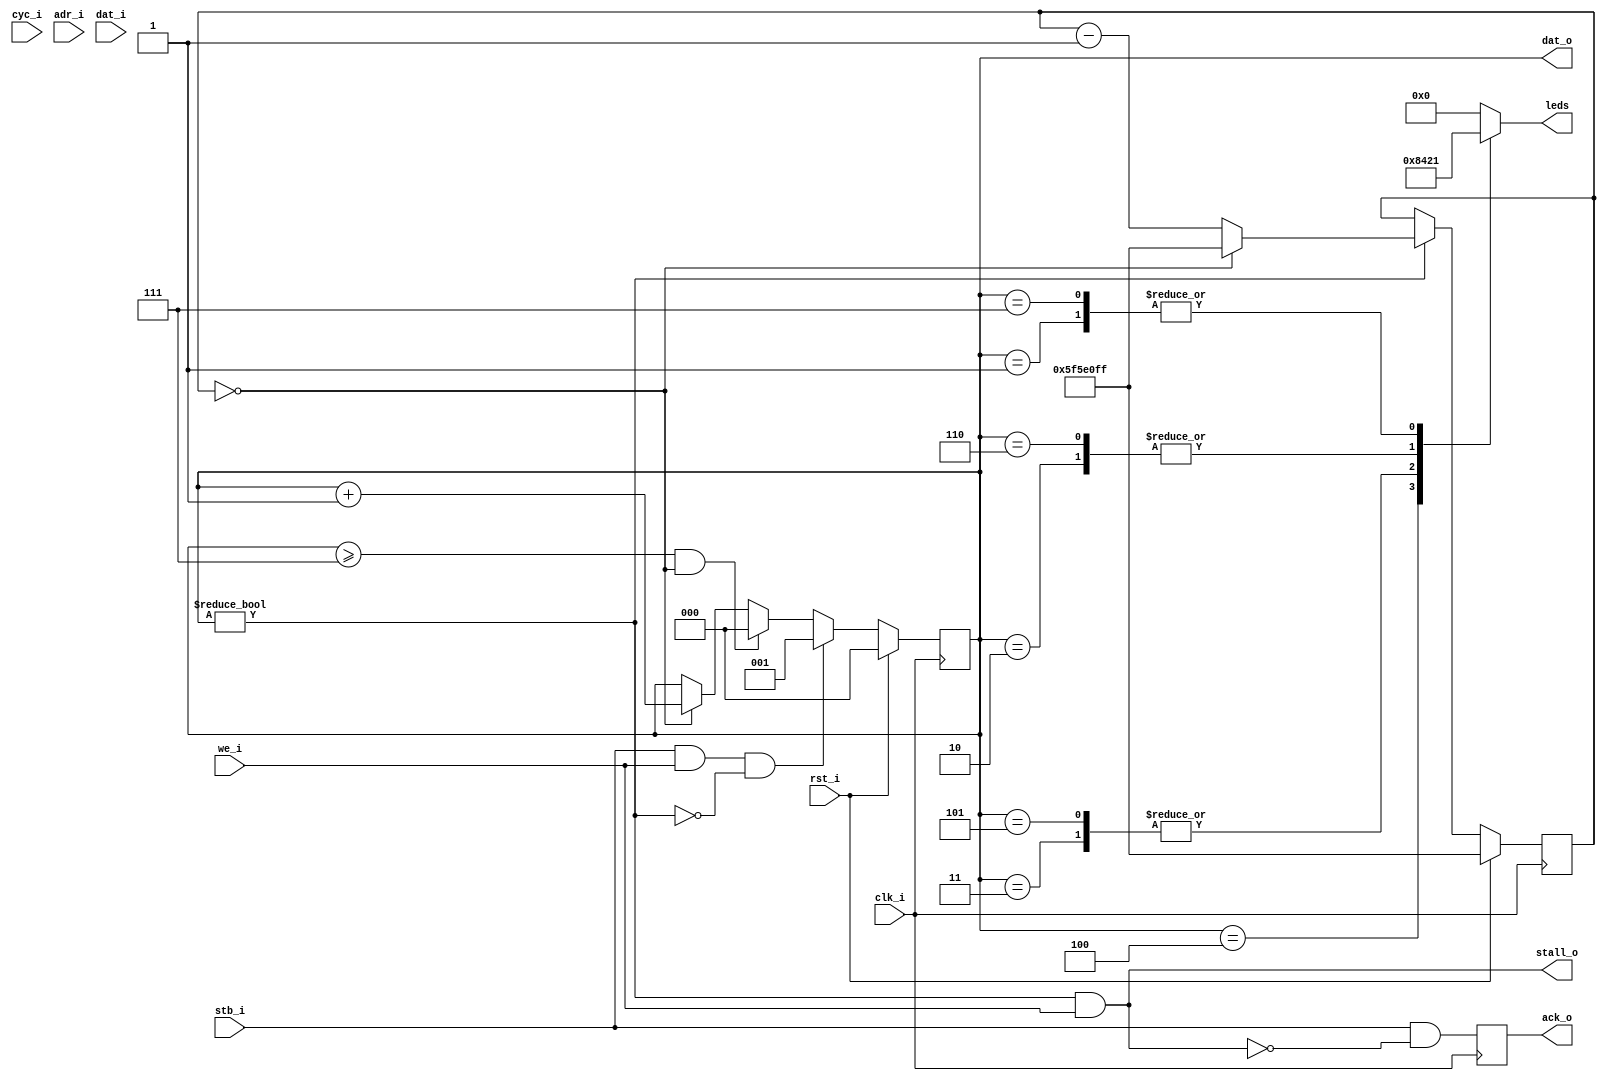
`default_nettype none

/// Wishbone interface
module running_led(
   input wire	     clk_i, rst_i, cyc_i, stb_i, we_i,
   input wire [1:0]  adr_i,
   input wire [3:0]  dat_i,
   output wire	     stall_o,
   output reg	     ack_o,
   output wire [2:0] dat_o,
   output reg [3:0]  leds
);

   // Verilator lint_off UNUSED
   wire unused;
   assign unused = &{1'b0, cyc_i, adr_i, dat_i} ;
   // Verilator lint_off UNUSED
   
   wire busy;

   // Current state of the running LED
   reg [2:0]	    state = 0;
   
   // Immediately acknowledge any transaction, apart from
   // when stalled.
   initial ack_o = 1'b0;
   always @(posedge clk_i)
     ack_o <= stb_i && !stall_o;

   // Stall on writes if busy
   assign stall_o = busy && we_i;

   // Always return read data
   assign dat_o = state;
   
   // For the formal verification, the cover checks will fail
   // if the clock rate is too high, because too many steps are
   // needed before anything happens. For running on a board,
   // change back to 100 MHz.
   parameter	    CLK_RATE_HZ = 100_000_000;
   //parameter	    CLK_RATE_HZ = 5;

   // Define the tick signal that triggers a change of state
   reg [31:0]	    wait_counter = CLK_RATE_HZ - 1;

   always @(posedge clk_i) begin
      if (rst_i)
	wait_counter <= CLK_RATE_HZ - 1;
      else
	// If the state is not idle, then run the
	// wait counter
	if (state != 0)
	  if (wait_counter == 0)
	    wait_counter <= CLK_RATE_HZ - 1;
	  else
	    wait_counter <= wait_counter - 1'b1;
   end

   // Update state
   always @(posedge clk_i) begin
      if (rst_i)
	state <= 0; // Reset to idle
      else if (stb_i && we_i && !busy)
	state <= 1; // Initiate request
      else if ((state >= 7) && (wait_counter == 0))
	state <= 0;
      else
	if (wait_counter == 0)
	  state <= state + 1;
   end

   assign busy = (state != 0);
   
   // Now determine the lit LED from the state
   always @(*) begin
      case (state)
	3'h1: leds = 4'b0001;
	3'h2: leds = 4'b0010;
	3'h3: leds = 4'b0100;
	3'h4: leds = 4'b1000;
	3'h5: leds = 4'b0100;
	3'h6: leds = 4'b0010;
	3'h7: leds = 4'b0001;
	default: leds = 0;
      endcase
   end
   
`ifdef FORMAL

   // always @(posedge clk_i)
   //   if (past_valid && $past(rst))
   //     reset_works: assert((wait_counter == (CLK_RATE_HZ - 1)) && (state == 0));
   
   property p_only_one_led;
      @(posedge clk_i) $onehot0(leds);
   endproperty
   
   // Check that the only valid outputs are exactly one LED
   // lit at a time
   only_one_led: assert property(p_only_one_led);
   
   property p_state_valid;
      @(posedge clk_i) state < 8;
   endproperty
   
   // For a check like this, notice how it fails if you remote
   // the initialisation line state = 0. This is because state
   // could begin with any value in theory, so it could violate
   // this check right at the start.
   no_invalid_states: assert property(p_state_valid);

   property p_wait_counter_in_range;
      @(posedge clk_i) wait_counter < CLK_RATE_HZ;
   endproperty
   
   // Check the counter is always in range
   wait_counter_value: assert property(p_wait_counter_in_range);

   property p_led_n_on(int n);
      @(posedge clk_i) leds[n] == 1;
   endproperty
   
   // Check that each LED lights at least once
   
   led_0_on: cover property(p_led_n_on(0));
   led_1_on: cover property(p_led_n_on(1));
   led_2_on: cover property(p_led_n_on(2));
   led_3_on: cover property(p_led_n_on(3));

   property p_busy_when_leds_on;
      @(posedge clk_i) leds != 0 |-> busy;
   endproperty
   
   // Check busy signal is always asserted when LEDs are on
   busy_asserted: assert property(p_busy_when_leds_on);

   sequence changing_state;
      busy && (wait_counter == 0) && !rst_i;
   endsequence
 
   // Check that the state increments while busy
   property p_state_increments_while_busy;
      @(posedge clk_i) changing_state |=> (state == (3'b111 & ($past(state)+1)));
   endproperty

   state_increments_while_busy: assert property(p_state_increments_while_busy);

   cover_state_increment: cover property(p_state_increments_while_busy);


   
`endif
		    
endmodule